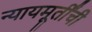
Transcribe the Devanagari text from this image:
न्यायमूर्तींची